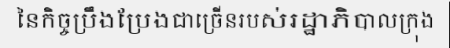
នៃកិច្ចប្រឹងប្រែងជាច្រើនរបស់រដ្ឋាភិបាលក្រុង